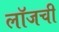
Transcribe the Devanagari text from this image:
लॉजची